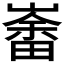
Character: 𱜍